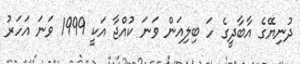
ދުނިޔޭގެ އާބާދީގެ ހަ ބިލިއަން ވަނަ ކުއްޖާ އަކީ 1999 ވަނަ އަހަރު